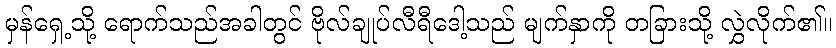
မှန်ရှေ့သို့ ရောက်သည်အခါတွင် ဗိုလ်ချုပ်လီရီဒေါ့သည် မျက်နှာကို တခြားသို့ လွှဲလိုက်၏။